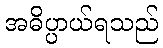
အဓိပ္ပာယ်ရသည်